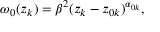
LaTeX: \omega _ { 0 } ( z _ { k } ) = \beta ^ { 2 } ( z _ { k } - z _ { 0 k } ) ^ { \alpha _ { 0 k } } ,